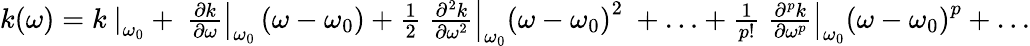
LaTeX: {\begin{array}{c}{k\mathrm{(}\omega\mathrm{)}=k\left.\ \right|_{\omega_{0}}+\left.\ {\frac{\partial k}{\partial\omega}}\right|_{\omega_{0}}\left(\omega-\omega_{0}\right)+{\frac{1}{2}}\left.\ {\frac{\partial^{2}k}{\partial\omega^{2}}}\right|_{\omega_{0}}\left(\omega-\omega_{0}\right)^{2}\ +\ldots+{\frac{1}{p!}}\left.\ {\frac{\partial^{p}k}{\partial\omega^{p}}}\right|_{\omega_{0}}\left(\omega-\omega_{0}\right)^{p}+\ldots}\end{array}}